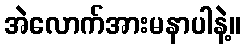
အဲလောက်အားမနာပါနဲ့။